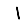
Digit: 1